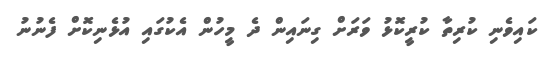
ކައިވެނި ކުރިތާ ކުރީކޮޅު ވަރަށް ގިނައިން ދެ މީހުން އެކުގައި އުޅެނިކޮށް ފެނުނު